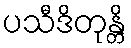
ပသီဒိတုန္တိ